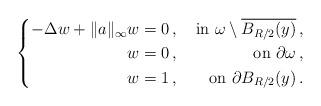
LaTeX: \begin{align*} \left\{\begin{aligned}-\Delta w + \|a\|_{\infty}w & = 0 \,, & \textup{ in } \omega \setminus \overline{B_{R/2}(y)}\,, \\w & = 0\,, & \textup{ on } \partial \omega\,,\\w & = 1\,, & \textup{ on } \partial B_{R/2}(y)\,.\end{aligned}\right.\end{align*}